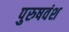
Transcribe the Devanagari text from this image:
पुरुषवंश